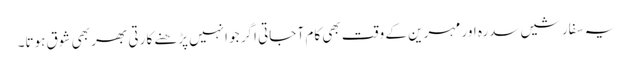
یہ سفارشیں سدرہ اور مہرین کے وقت بھی کام آ جاتی اگر جو انہیں پڑھنے کا رتی بھر بھی شوق ہوتا۔